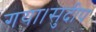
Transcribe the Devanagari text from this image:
गया।सुदीप